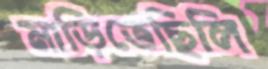
মাড়িতেছিলি